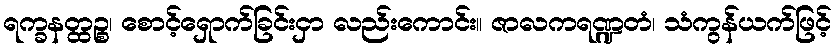
ရက္ခနတ္ထဉ္စ၊ စောင့်ရှောက်ခြင်းငှာ လည်းကောင်း။ ဇာလကရဏ္ဍတံ၊ သံကွန်ယက်ဖြင့်